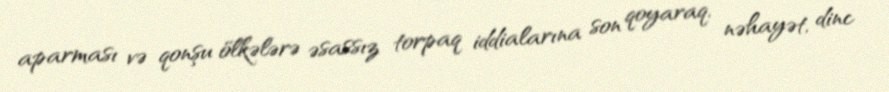
aparması və qonşu ölkələrə əsassız torpaq iddialarına son qoyaraq, nəhayət, dinc